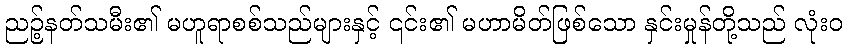
ညဉ့်နတ်သမီး၏ မဟူရာစစ်သည်များနှင့် ၎င်း၏ မဟာမိတ်ဖြစ်သော နှင်းမှုန်တို့သည် လုံးဝ